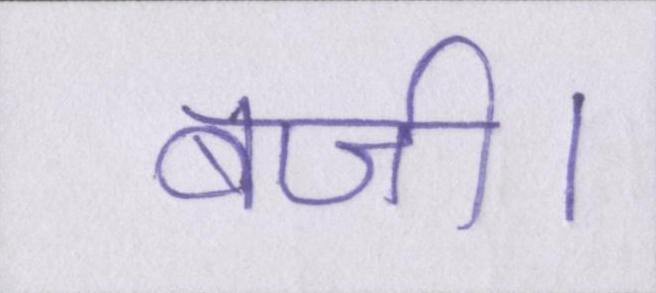
बजी।